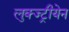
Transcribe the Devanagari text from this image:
लुक्ज्ट्रीयेन